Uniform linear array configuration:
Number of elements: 32
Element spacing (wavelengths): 0.5
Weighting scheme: cosine
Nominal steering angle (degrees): -15
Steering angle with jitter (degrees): -15.162
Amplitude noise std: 0.05
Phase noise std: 0.05

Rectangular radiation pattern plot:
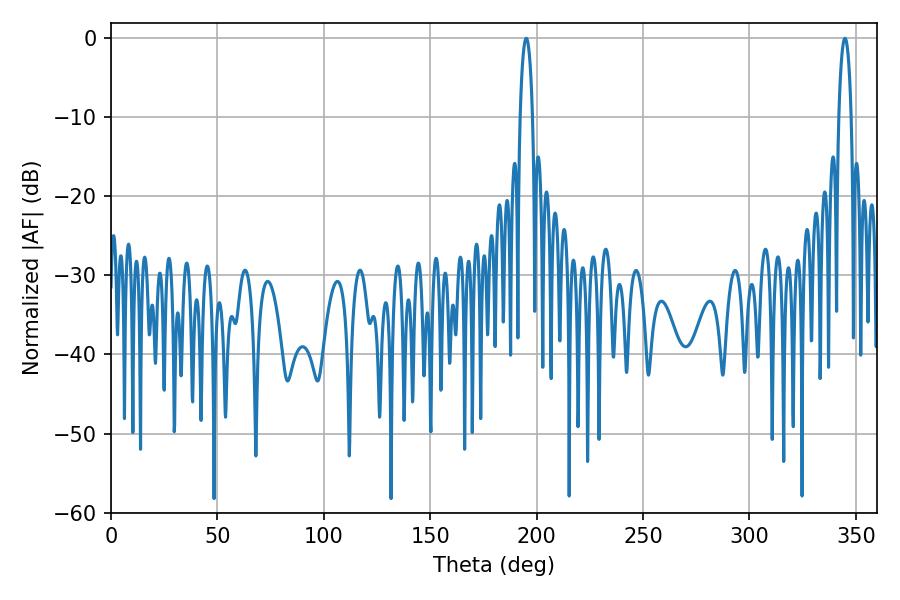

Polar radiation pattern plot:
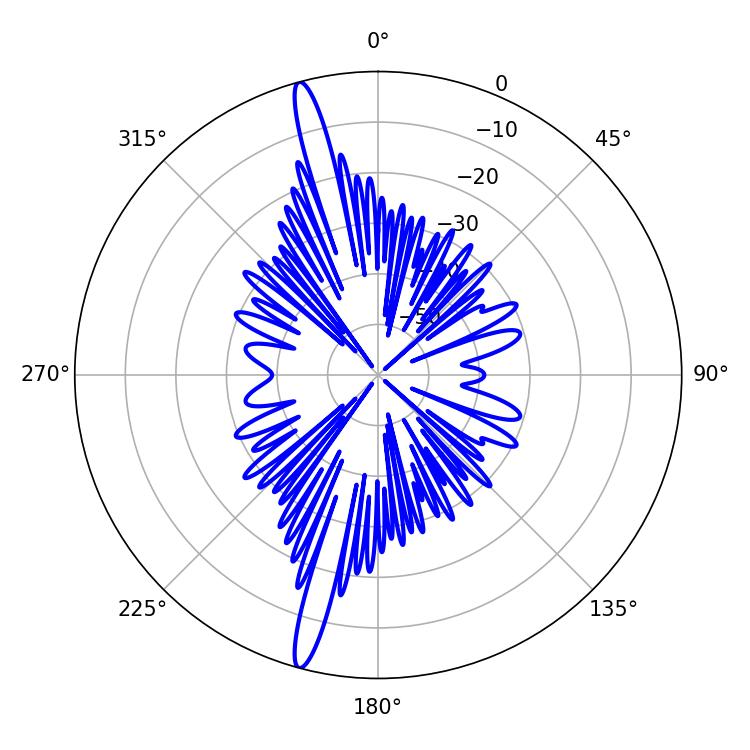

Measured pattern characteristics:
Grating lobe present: FALSE
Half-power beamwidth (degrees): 3.24
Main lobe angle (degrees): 195.12